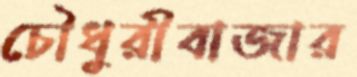
চৌধুরীবাজার